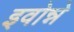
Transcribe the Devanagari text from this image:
इवोन्ने